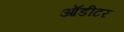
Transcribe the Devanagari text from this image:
ऑडीटर